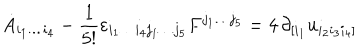
LaTeX: \dot { A } _ { i _ { 1 } \dots i _ { 4 } } - \frac { 1 } { 5 ! } \varepsilon _ { i _ { 1 } \dots i _ { 4 } j _ { 1 } \dots j _ { 5 } } F ^ { j _ { 1 } \dots j _ { 5 } } = 4 \, \partial _ { [ i _ { 1 } } u _ { i _ { 2 } i _ { 3 } i _ { 4 } ] }